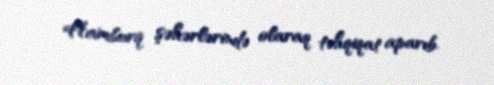
Hamburq şəhərlərində olaraq təhqiqat aparıb.